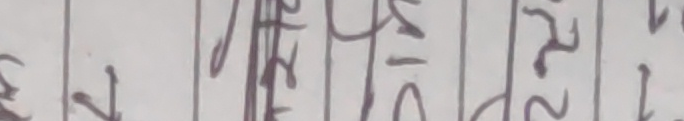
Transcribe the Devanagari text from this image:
र